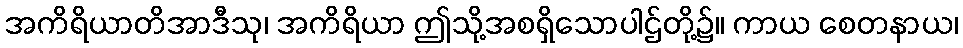
အကိရိယာတိအာဒီသု၊ အကိရိယာ ဤသို့အစရှိသောပါဌ်တို့၌။ ကာယ စေတနာယ၊